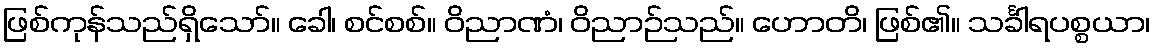
ဖြစ်ကုန်သည်ရှိသော်။ ခေါ၊ စင်စစ်။ ဝိညာဏံ၊ ဝိညာဉ်သည်။ ဟောတိ၊ ဖြစ်၏။ သင်္ခါရပစ္စယာ၊